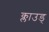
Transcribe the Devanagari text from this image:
क्लाउड्